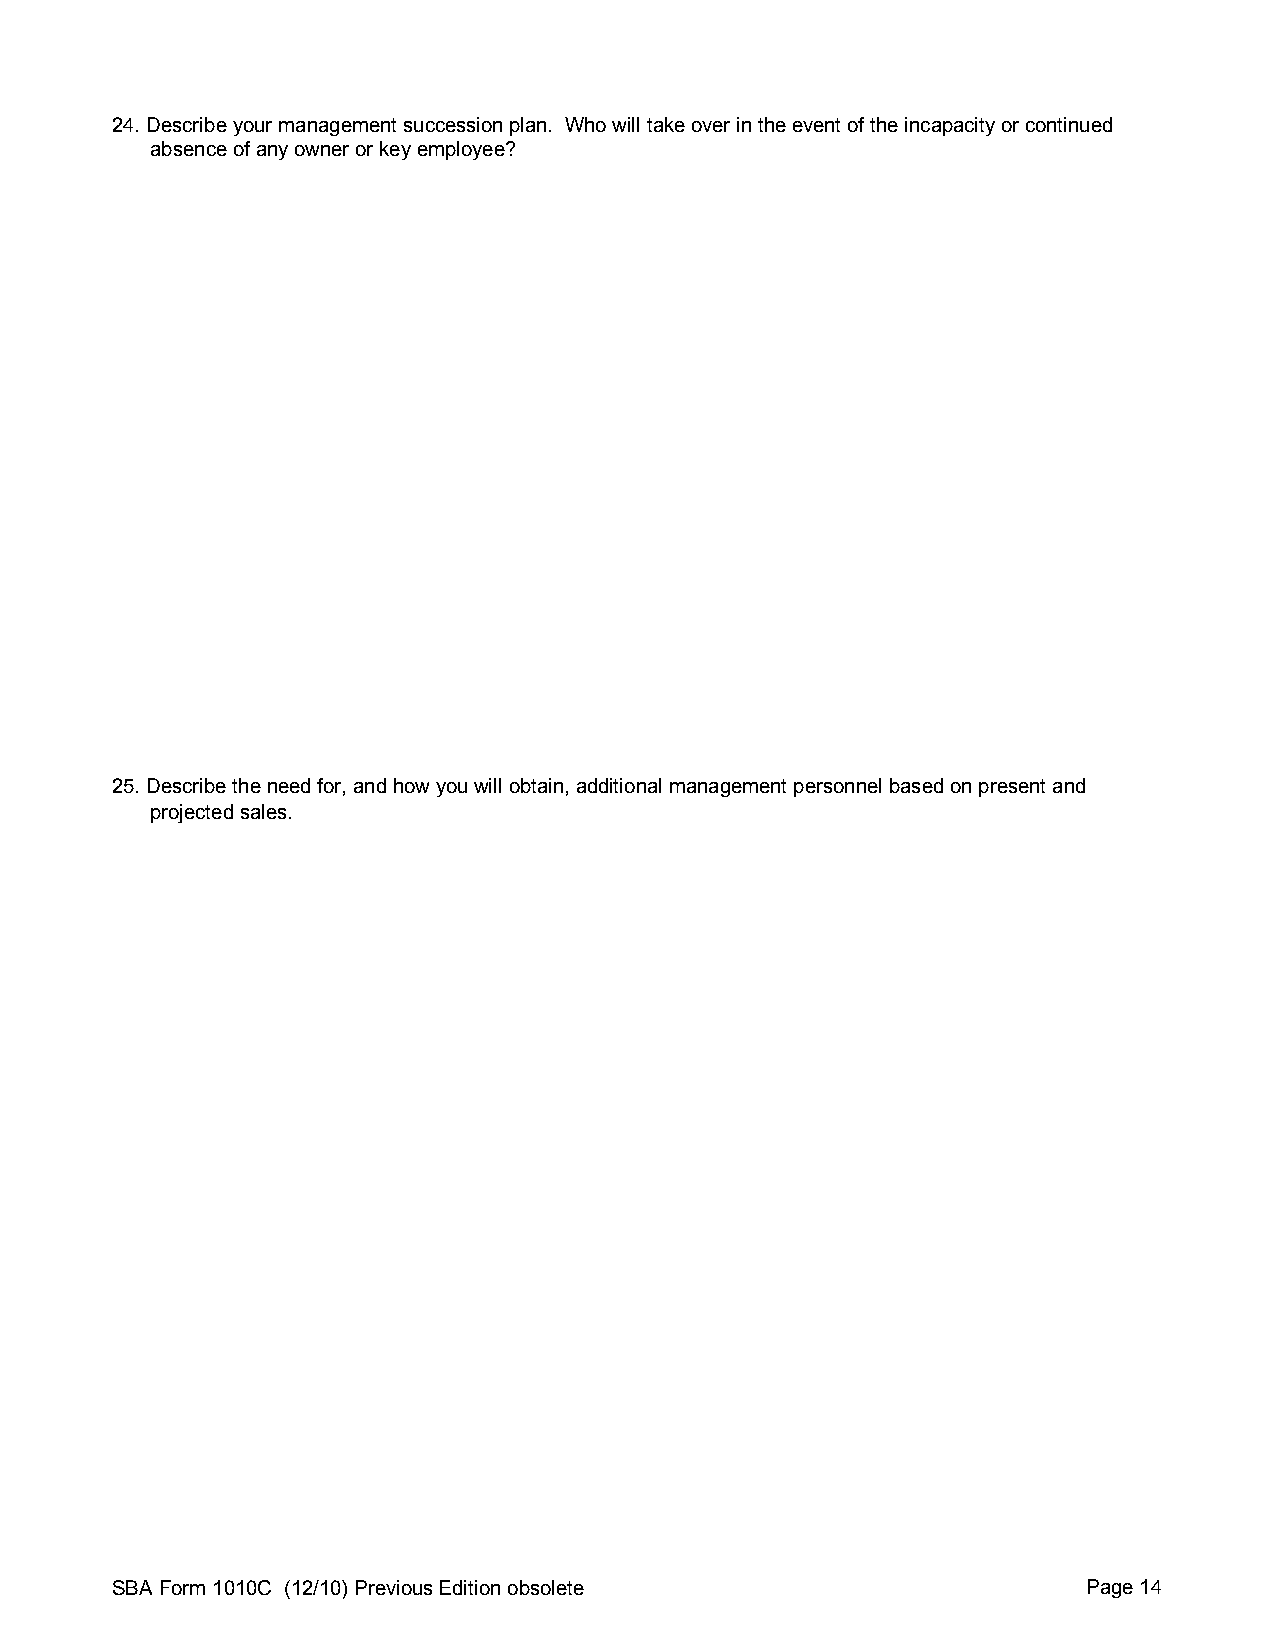
24. Describe your management succession plan. Who will take over in the event of the incapacity or continued
 absence of any owner or key employee?
 25. Describe the need for, and how you will obtain, additional management personnel based on present and
 projected sales.
 SBA Form 1010C (12/10) Previous Edition obsolete                 Page 14